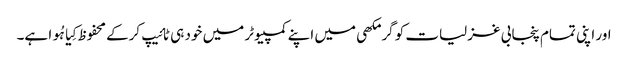
اور اپنی تمام پنجابی غزلیات کو گرمکھی میں اپنے کمپیوٹر میں خود ہی ٹائیپ کرکے محفوظ کِیا ہُوا ہے۔